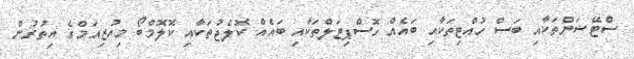
ސްޓޭޝަންތަކާއި ބަސް ހުއްްޓިތަކާއިި ބައެއް ހޮސްޕިޓަލްތަކާއި ބައެއް ކޮލެޖުތަކާއި ކޮލޮމްބޯ މިއުޒިއަމްގެ އިތުރުން